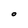
Character: O